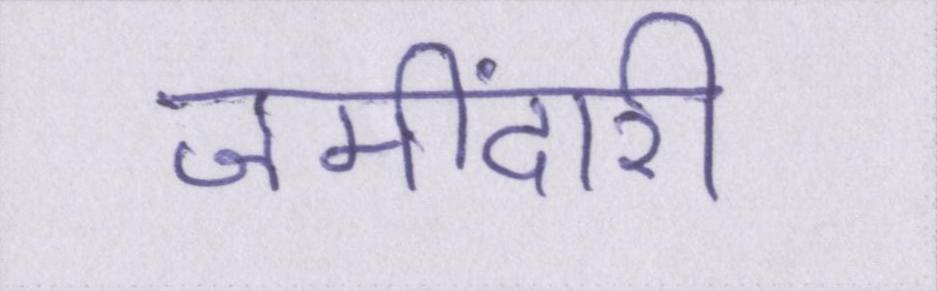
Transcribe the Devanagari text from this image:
जमींदारी